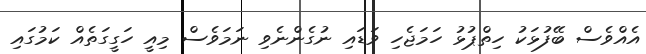
އެއްވެސް ބޭފުޅަކު ހިތްޕުޅު ހަމަޖެހި ވަޑައި ނުގެންނެވި ނަމަވެސް މިއީ ހަގީގަތެއް ކަމުގައި